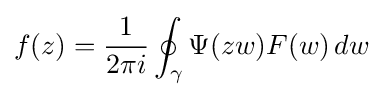
f(z)={\frac {1}{2\pi i}}\oint _{\gamma }\Psi (zw)F(w)\,dw